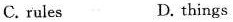
C. rules D. things